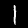
Label: 1